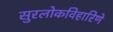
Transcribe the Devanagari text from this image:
सुरलोकविहारिणे